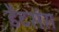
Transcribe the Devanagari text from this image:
डैटसंस